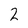
Character: 2